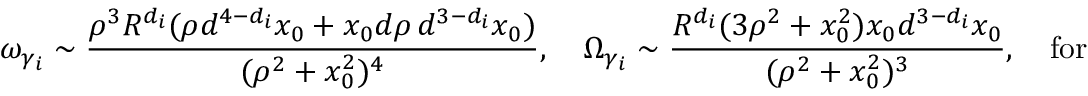
{ \omega } _ { \gamma _ { i } } \sim { \frac { \rho ^ { 3 } R ^ { d _ { i } } ( \rho d ^ { 4 - d _ { i } } x _ { 0 } + x _ { 0 } d \rho \, d ^ { 3 - d _ { i } } x _ { 0 } ) } { ( \rho ^ { 2 } + x _ { 0 } ^ { 2 } ) ^ { 4 } } } , \quad { \Omega } _ { \gamma _ { i } } \sim { \frac { R ^ { d _ { i } } ( 3 \rho ^ { 2 } + x _ { 0 } ^ { 2 } ) x _ { 0 } d ^ { 3 - d _ { i } } x _ { 0 } } { ( \rho ^ { 2 } + x _ { 0 } ^ { 2 } ) ^ { 3 } } } , \quad \mathrm { f o r } \, \, x _ { 0 } \rightarrow \infty ,